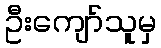
ဦးကျော်သူမှ